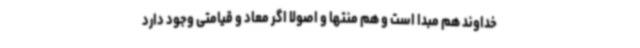
خداوند هم مبدا است و هم منتها و اصولا اگر معاد و قیامتی وجود دارد